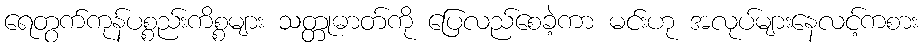
ရေတွက်ကုန်ပစ္စည်းကိစ္စများ သတ္တုဓာတ်ကို ပြေလည်စေခဲ့ကာ မင်းဟု အလုပ်များနေလင့်ကစား